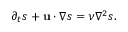
\begin{array} { r } { \partial _ { t } s + \mathbf { u } \cdot \nabla s = \nu \nabla ^ { 2 } s . } \end{array}